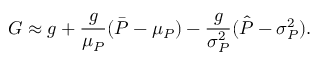
G \approx g + \frac { g } { \mu _ { P } } ( \bar { P } - \mu _ { P } ) - \frac { g } { \sigma _ { P } ^ { 2 } } ( \hat { P } - \sigma _ { P } ^ { 2 } ) .